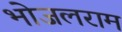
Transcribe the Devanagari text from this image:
भोजलराम